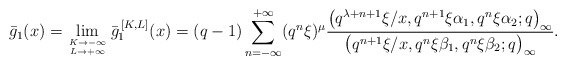
\begin{align*}& \bar{g}_1 (x)= \lim_{K \to -\infty \atop{ L \to +\infty}} \bar{g}_1^{\,[K,L]}(x) = (q-1) \sum_{n=-\infty}^{+\infty} (q^n\xi)^{\mu} \frac{\big(q^{\lambda+n+1}\xi /x, q^{n+1} \xi\alpha_1, q^n \xi\alpha_2; q\big)_{\infty}}{\big(q^{n+1}\xi /x, q^n \xi\beta_1, q^n \xi\beta_2 ;q\big)_{\infty}}.\end{align*}